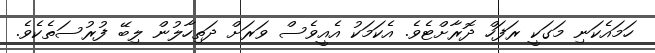
ހަމައެކަނި މަގަކީ ރަފަހް ދޮރާށްޓެވެ. އެކަމަކު އެއީވެސް ވަރަށް ދަތިހާލުން ލިބޭ ފުރުސަތެކެވެ.